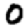
Digit: 0